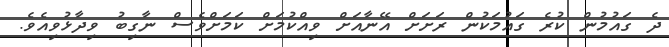
ދެ ގައުމުން ކުރެ ގައުމަކުން ރަށަށް އޭނާއަށް ވިއްކުމަށް ކަމަށްވެސް ނާގިބު ވިދާޅުވިއެވެ.